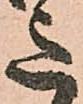
意